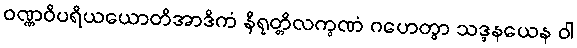
ဝဏ္ဏဝိပရိယယောတိအာဒိကံ နိရုတ္တိလက္ခဏံ ဂဟေတွာ သဒ္ဒနယေန ဝါ